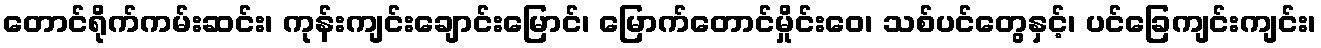
တောင်ရိုက်ကမ်းဆင်း၊ ကုန်းကျင်းချောင်းမြောင်၊ မြောက်တောင်မှိုင်းဝေ၊ သစ်ပင်တွေနှင့်၊ ပင်ခြေကျင်းကျင်း၊